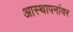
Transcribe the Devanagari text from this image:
आस्‍थापनांवर